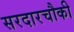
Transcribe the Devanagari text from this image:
सरदारचौकी